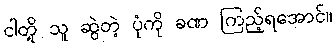
ငါတို့ သူ ဆွဲတဲ့ ပုံကို ခဏ ကြည့်ရအောင်။